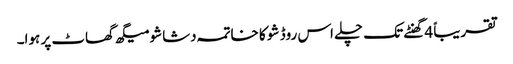
تقریباً 4 گھنٹے تک چلے اس روڈ شو کا خاتمہ دشاشو میگھ گھاٹ پر ہوا۔